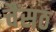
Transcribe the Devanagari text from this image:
चैंसठ